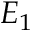
E _ { 1 }